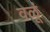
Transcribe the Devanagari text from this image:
वळूं